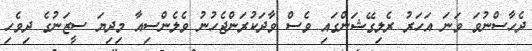
ދެހާސްނުވަ ވަނަ އަހަރު ރެލިގޭޝަންގައި ވެސް ވާދަކުރަންޖެހުނު ވެލެންސިއާ މިދިޔަ ސީޒަނުގެ ދިވެހި